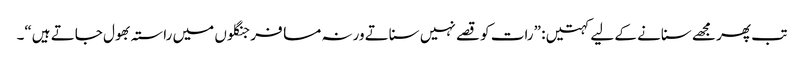
تب پھر مجھے سنانے کے لیے کہتیں : ”رات کو قصے نہیں سناتے ورنہ مسافر جنگلوں میں راستہ بھول جاتے ہیں“۔